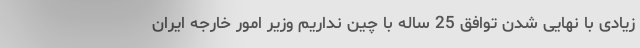
زیادی با نهایی شدن توافق 25 ساله با چین نداریم وزیر امور خارجه ایران